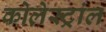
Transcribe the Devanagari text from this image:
कोलेस्ट्रांल